King Institute of Preventive Medicine Bacteriolog. Section reports 1907-08
Year: 1907
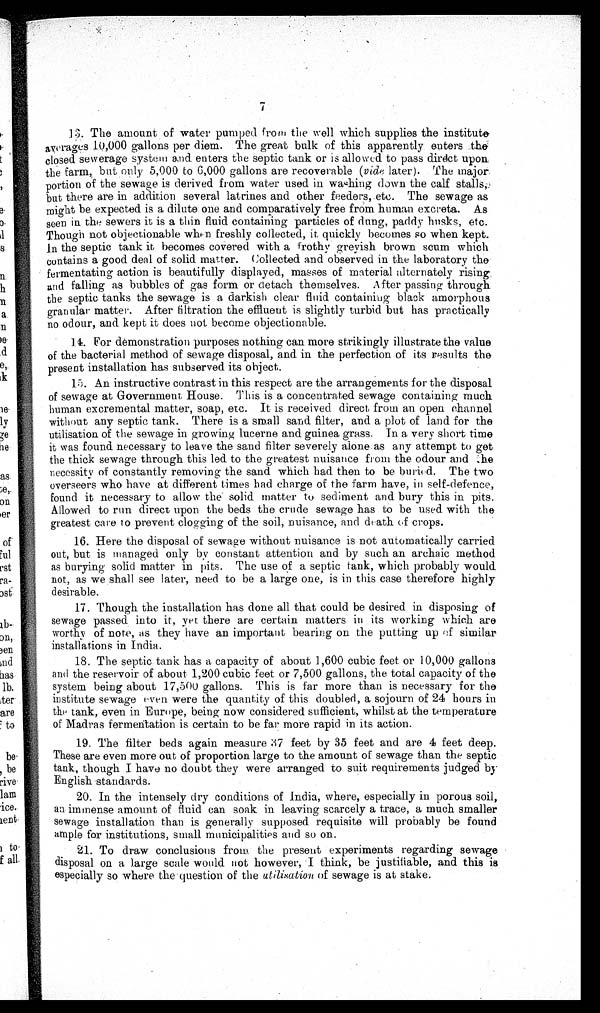
13. The amount of water pumped from the well which supplies the institute
averages 10,000 gallons per diem. The great bulk of this apparently enters the
closed sewerage system and enters the septic tank or is allowed to pass direct upon
the farm, but only 5,000 to 6,000 gallons are recoverable (vide later). The major
portion of the sewage is derived from water used in wahing down the calf stalls,
but there are in addition several latrines and other feeders, etc. The sewage as
might be expected is a dilute one and comparatively free from human excreta. As
seen in. the sewers it is a thin fluid containing particles of dung, paddy husks, etc.
Though not objectionable when freshly collected, it, quickly becomes so when kept.
In the septic tank it, becomes covered with a frothy greyish brown scum which
contains a good deal of solid matter. Collected and observed in the laboratory the
fermentating action is beautifully displayed, masses of material alternately rising,
and falling as bubbles of gas form or detach themselves. After passing through
the septic tanks the sewage is a darkish clear fluid containing black amorphous
. granular matter. After filtration the effluent is slightly turbid but has practically
no odour, and kept it does not become objectionable.
14
14. For demonstration purposes nothing can more strikingly illustrate the value
of the bacterial method of sewage disposal, and in the perfection of its results the
present installation has subserved its object.
15. An instructive contrast in this respect are the arrangements for the disposal
of sewage at Government House. This is a concentrated sewage containing much
!
human excremental matter, soap, etc. It is received direct from an open ehannel
without any septic tank. There is a small sand filter, and a plot of land for the
utilisation of the sewage in growing lucerne and guinea grass. In a very short time
it was found necessary to leave the sand filter severely alone as any attempt to get
the thick sewage through this led to the greatest nuisance from the odour and the
necessity of constantly removing the sand which had then to be buried. The two
overseers who have at different times had charge of the farm have, in self-defence,
found it necessary to allow the solid matter to sediment and bury this in pits.
Allowed to run direct upon the beds the crude sewage has to be used with the
greatest care to prevent clogging of the soil, nuisance, and death of crops.
16. Here the disposal of sewage without nuisance is not automatically carried
out, but is managed only by constant attention and by such an archaic method
as burying solid matter in pits. The use of a septic tank, which probably would
not, as we shall see later, need to be a large one, is in this case therefore highly
desirable.
17. Though the installation has done all that could be desired in disposing of
sewage passed into it, yet there are certain matters in its working which are
worthy of note, as they have an important bearing on the putting up of similar
installations in India.
18. The septic tank has a capacity of about 1,600 cubic feet or 10,000 gallons
and the reservoir of about 1,200 cubic feet or 7,500 gallons, the total capacity of the
system being about 17,500 gallons. This is far more than is necessary for the
institute sewage even were the quantity of this doubled, a sojourn of 24 hours in
the tank, even in Europe, being now considered sufficient, whilst at the temperature
of Madras fermentation is certain to be far more rapid in its action.
19. The filter beds again measure 37 feet by 35 feet and are 4 feet deep.
These are even more out of proportion large to the amount of sewage than the septic
E tank, though I have no doubt they were arranged to suit requirements judged by
English standards.
20. In the intensely dry conditions of India, where, especially in porous soil,
an immense amount of fluid can soak in leaving scarcely a trace, a much smaller
sewage installation than is generally supposed requisite will probably be found
ample for institutions, small municipalities and so on.
21. To draw conclusions from the present experiments regarding sewage
disposal on a large scale would not however, I think, be justifiable, and this is
especially so where the question of the utilisation of sewage is at stake.